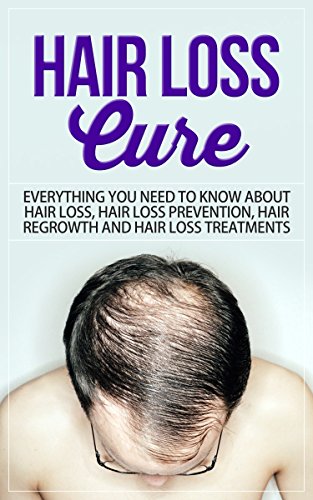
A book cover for Hair Loss: Hair Loss Cure: Everything You Need to Know About Hair Loss, Hair Loss Prevention, Hair Re-growth and Hair Loss Treatments (Hairloss treatment); SelfHelpStar Media; Health, Fitness & Dieting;